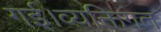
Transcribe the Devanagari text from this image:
गई।व्यक्तिगत